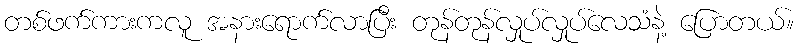
တစ်ဖက်ကားကလူ အနားရောက်လာပြီး တုန်တုန်လှုပ်လှုပ်လေသံနဲ့ ပြောတယ်။